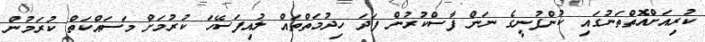
ކުރިއަށްއޮތްތަނުގައި ކުންފުނީގެ ނަން ފާސްކުރުން ފަދަ ހިދުމަތްތައް ލުއިފަސޭހަ ކުރުމަށް މަސައްކަތް ކުރަމުން